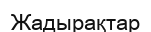
Жадырақтар